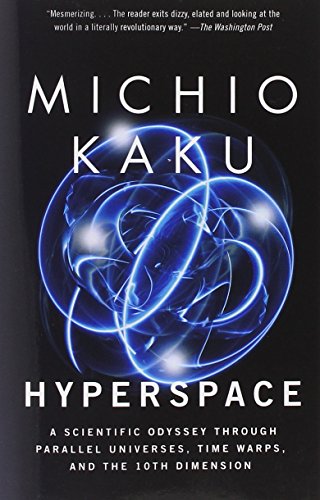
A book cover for Hyperspace: A Scientific Odyssey Through Parallel Universes, Time Warps, and the 10th Dimension; Michio Kaku; Science & Math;